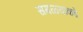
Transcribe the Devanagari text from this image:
सगळ्यांकडे